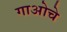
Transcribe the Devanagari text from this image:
गाओचे